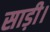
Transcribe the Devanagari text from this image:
साड़ी।